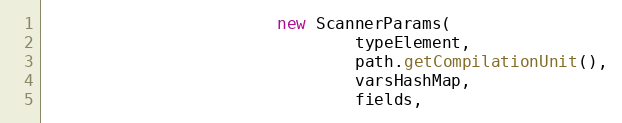
Language: Java
                        new ScannerParams(
                                typeElement,
                                path.getCompilationUnit(),
                                varsHashMap,
                                fields,